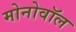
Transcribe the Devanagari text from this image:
मोनोवॉल